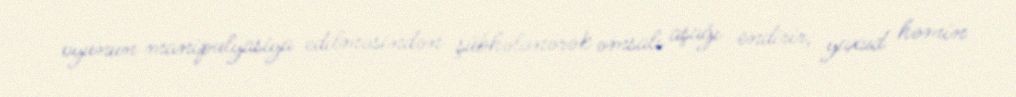
oyunun manipulyasiya edilməsindən şübhələnərək əmsalı aşağı endirir, yaxud həmin